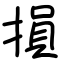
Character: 損